Investigations into the jail dietaries of the United Provinces with some observations on the influence of dietary on the physical development and well-being of the people of the United Provinces - Number 48
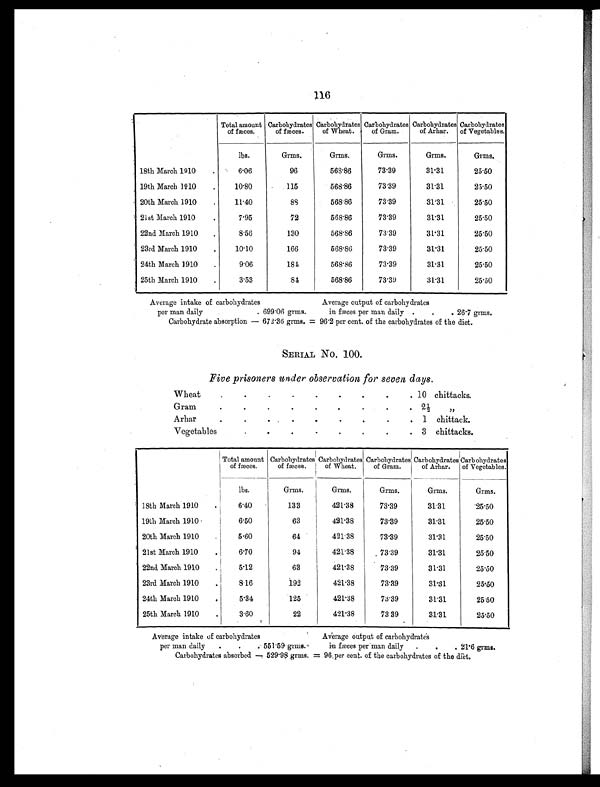
116
Total amount
of fæces.
Carbohydrates
of fæces.
Carbohydrates
of Wheat.
Carbohydrates
of Gram.
Carbohydrates
of Arhar.
Carbohydrates
of Vegetables.
lbs.
Grms.
Grms.
Grms.
Grms.
Grms.
18th March 1910
.
6.06
96
568.86
73.39
31.31
25.50
19th March 1910
.
10.80
115
568.86
73.39
31.31
25.50
20th March 1910
.
11.40
88
568.86
73.39
31.31
25.50
21st March 1910
.
7.95
72
568.86
73.39
31.31
25.50
22nd March 1910
.
8.56
130
568.86
73.39
31.31
25.50
23rd March 1910
.
10.10
166
568.86
73.39
31.31
25.50
24th March 1910
.
9.06
1 8 4
568.86
73.39
31.31
25.50
25th March 1910
.
3.53
8 4
568.86
73.39
31.31
25.50
Average intake of carbohydrates
Average output of carbohydrates
per man daily
.
. 699.06 grms.
in fæces per man daily .
.
. 26.7 grms.
Carbohydrate absorption — 672.36 grms. = 96.2 per cent. of the carbohydrates of the diet.
SERIAL No. 100.
Five prisoners under observation for seven days.
Wheat
.
.
.
.
.
.
.
.
. 10 chittacks.
Gram
.
.
.
.
.
.
.
.
. 2½ „
Arhar
.
.
.
.
.
.
.
.
. 1 chittack.
Vegetables
.
.
. .
.
.
.
. 3 chittacks.
Total amount
of fæces.
Carbohydrates
of fæces.
Carbohydrates
of Wheat.
Carbohydrates
of Gram.
Carbohydrates
of Arhar.
Carbohydrates
of Vegetables.
lbs.
Grms.
Grms.
Grms.
Grms.
Grms.
18th March 1910
.
6.40
133
421.38
73.39
31.31
25.50
19th March 1910
.
6.50
63
421.38
73.39
31.31
25.50
20th March 1910
.
5.60
64
421.38
73.39
31.31
25.50
21st March 1910
.
6.70
94
421.38
73.39
31.31
25.50
22nd March 1910
.
5.12
63
421.38
73.39
31.31
25.50
23rd March 1910
.
8.16
192
421.38
73.39
31.31
25.50
24th March 1910
.
5.34
125
421.38
73.39
31.31
25.50
25th March 1910
.
3.60
22
421.38
73.39
31.31
25.50
Average intake of carbohydrates
Average output of carbohydrates
per man daily
.
.
. 551.59 grms.
in fæces per man daily .
.
. 21.6 grms.
Carbohydrates absorbed — 529.98 grms. = 96 per cent. of the carbohydrates of the diet.